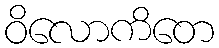
ဝိလောကိတေ